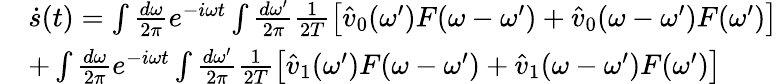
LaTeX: \begin{array}{rl}&{\dot{s}(t)=\int\frac{d\omega}{2\pi}e^{-i\omega t}\int\frac{d\omega^{\prime}}{2\pi}\frac{1}{2T}\left[\hat{v}_{0}(\omega^{\prime})F(\omega-\omega^{\prime})+\hat{v}_{0}(\omega-\omega^{\prime})F(\omega^{\prime})\right]}\\ &{+\int\frac{d\omega}{2\pi}e^{-i\omega t}\int\frac{d\omega^{\prime}}{2\pi}\frac{1}{2T}\left[\hat{v}_{1}(\omega^{\prime})F(\omega-\omega^{\prime})+\hat{v}_{1}(\omega-\omega^{\prime})F(\omega^{\prime})\right]}\end{array}